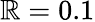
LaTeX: \mathbb{R}=0.1